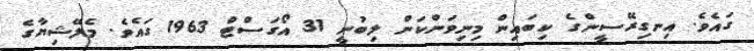
ގައެވެ. އިނގިރޭސީންގެ ކިބައިން މިނިވަންކަން ލިބުނީ 31 އޯގަސްޓް 1963 ގައެވެ. މެލޭޝިޔާގެ